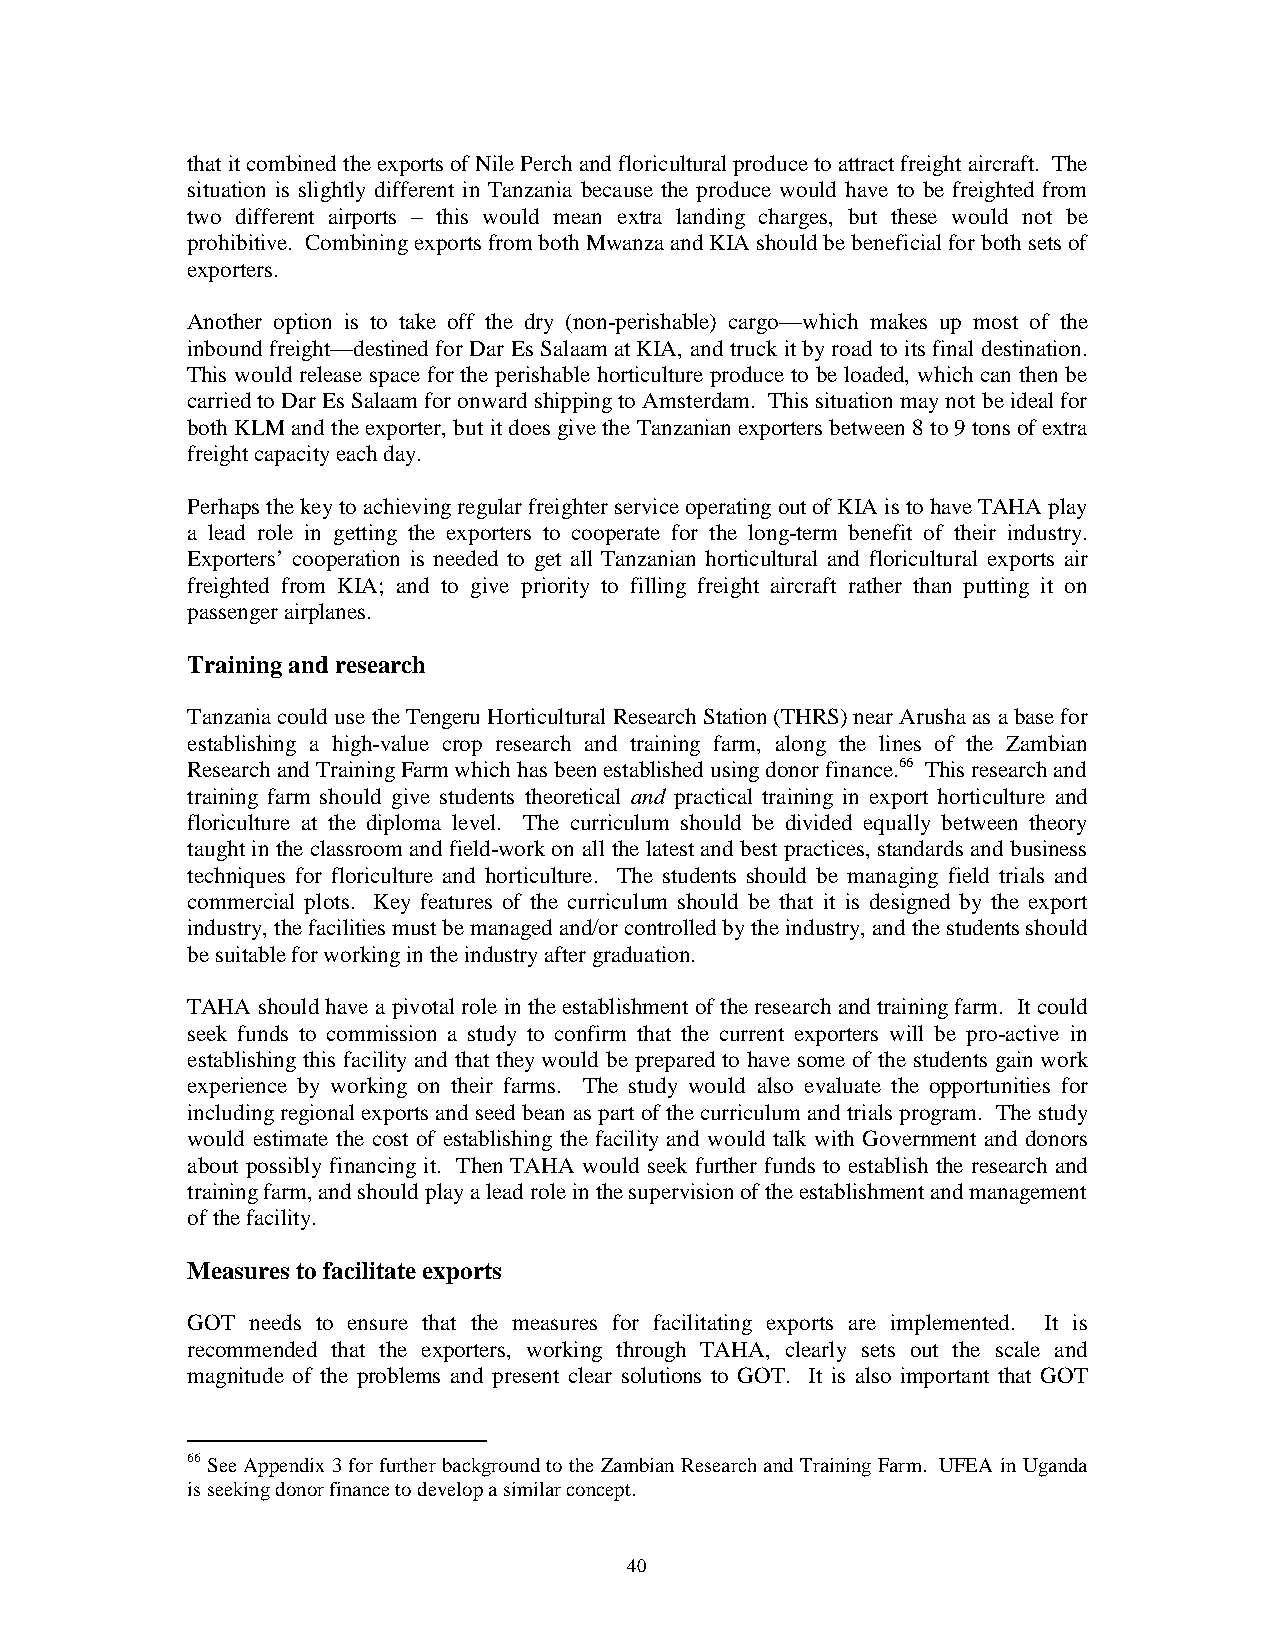
that it combined the exports of Nile Perch and floricultural produce to attract freight aircraft. The
 situation is slightly different in Tanzania because the produce would have to be freighted from
 two different airports – this would mean extra landing charges, but these would not be
 prohibitive. Combining exports from both Mwanza and KIA should be beneficial for both sets of
 exporters.
 Another option is to take off the dry (non-perishable) cargo—which makes up most of the
 inbound freight—destined for Dar Es Salaam at KIA, and truck it by road to its final destination.
 This would release space for the perishable horticulture produce to be loaded, which can then be
 carried to Dar Es Salaam for onward shipping to Amsterdam. This situation may not be ideal for
 both KLM and the exporter, but it does give the Tanzanian exporters between 8 to 9 tons of extra
 freight capacity each day.
 Perhaps the key to achieving regular freighter service operating out of KIA is to have TAHA play
 a lead role in getting the exporters to cooperate for the long-term benefit of their industry.
 Exporters’ cooperation is needed to get all Tanzanian horticultural and floricultural exports air
 freighted from KIA; and to give priority to filling freight aircraft rather than putting it on
 passenger airplanes.
 Training and research
 Tanzania could use the Tengeru Horticultural Research Station (THRS) near Arusha as a base for
 establishing a high-value crop research and training farm, along the lines of the Zambian
 Research and Training Farm which has been established using donor finance.66 This research and
 training farm should give students theoretical and practical training in export horticulture and
 floriculture at the diploma level. The curriculum should be divided equally between theory
 taught in the classroom and field-work on all the latest and best practices, standards and business
 techniques for floriculture and horticulture. The students should be managing field trials and
 commercial plots. Key features of the curriculum should be that it is designed by the export
 industry, the facilities must be managed and/or controlled by the industry, and the students should
 be suitable for working in the industry after graduation.
 TAHA should have a pivotal role in the establishment of the research and training farm. It could
 seek funds to commission a study to confirm that the current exporters will be pro-active in
 establishing this facility and that they would be prepared to have some of the students gain work
 experience by working on their farms. The study would also evaluate the opportunities for
 including regional exports and seed bean as part of the curriculum and trials program. The study
 would estimate the cost of establishing the facility and would talk with Government and donors
 about possibly financing it. Then TAHA would seek further funds to establish the research and
 training farm, and should play a lead role in the supervision of the establishment and management
 of the facility.
 Measures to facilitate exports
 GOT  needs to ensure that the measures for facilitating exports are implemented. It is
 recommended that the exporters, working through TAHA, clearly sets out the scale and
 magnitude of the problems and present clear solutions to GOT. It is also important that GOT
 66 See Appendix 3 for further background to the Zambian Research and Training Farm. UFEA in Uganda
 is seeking donor finance to develop a similar concept.
 40